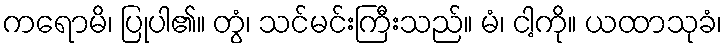
ကရောမိ၊ ပြုပါ၏။ တွံ၊ သင်မင်းကြီးသည်။ မံ၊ ငါ့ကို။ ယထာသုခံ၊